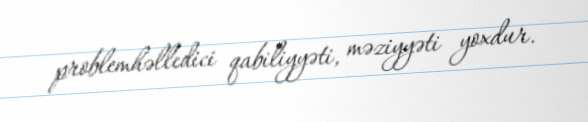
problemhəlledici qabiliyyəti, məziyyəti yoxdur.